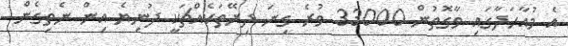
އެ މުއާހަދާގައި ވާގޮތުން 33000 ވުރެ ގިނަ ދިރޭތަކެއްޗަކީ ދުނިޔެ އިން ނެތިގެން